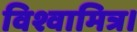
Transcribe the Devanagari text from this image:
विश्वामित्र।